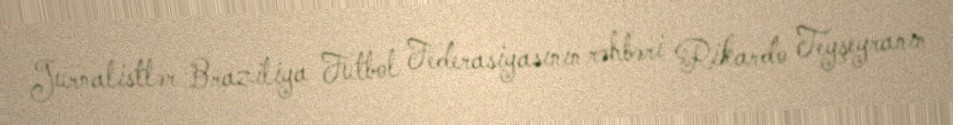
Jurnalistlər Braziliya Futbol Federasiyasının rəhbəri Rikardo Teyşeyranın